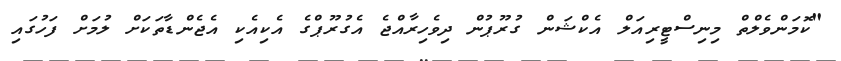
"ކޮމަންވެލްތް މިނިސްޓީރިއަލް އެކްޝަން ގުރޫޕުން ދިވެހިރާއްޖެ އެގުރޫޕްގެ އެކިއެކި އެޖެންޑާތަކަށް ލުމަށް ފަހުގައި